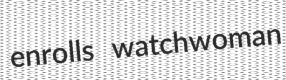
enrolls watchwoman